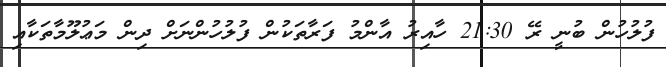
ފުލުހުން ބުނީ ރޭ 21:30 ހާއިރު އާންމު ފަރާތަކުން ފުލުހުންނަށް ދިން މަޢުލޫމާތަކާއި